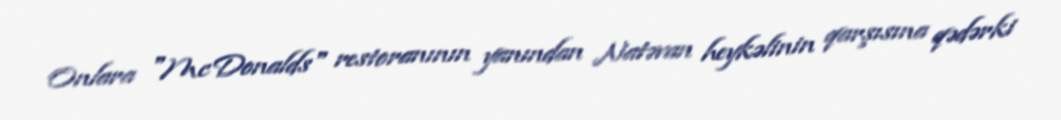
Onlara "McDonalds" restoranının yanından Natəvan heykəlinin qarşısına qədərki